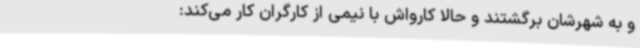
و به شهرشان برگشتند و حالا کارواش با نیمی از کارگران کار می‌کند: